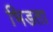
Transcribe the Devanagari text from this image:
भिडता